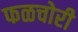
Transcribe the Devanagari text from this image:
फळचोरी